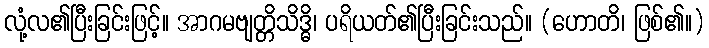
လုံ့လ၏ပြီးခြင်းဖြင့်။ အာဂမဗျတ္တိသိဒ္ဓိ၊ ပရိယတ်၏ပြီးခြင်းသည်။ (ဟောတိ၊ ဖြစ်၏။)